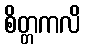
စိတ္တကလိ